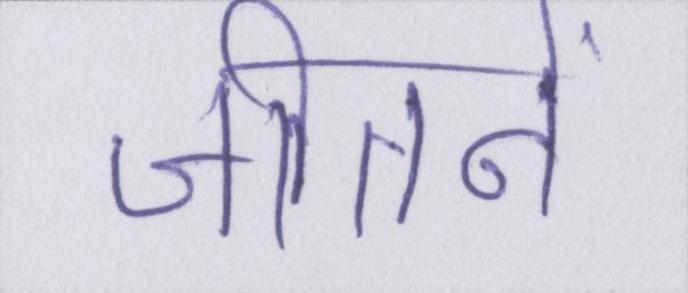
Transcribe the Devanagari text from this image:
जीतनें